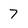
Character: 7